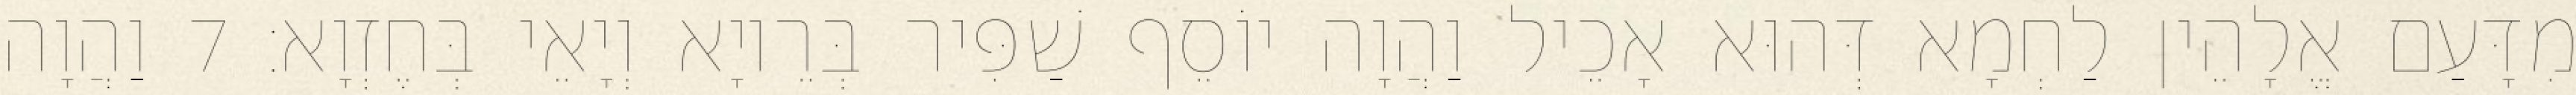
מִדָּעַם אֱלָהֵין לַחְמָא דְּהוּא אָכֵיל וַהֲוָה יוֹסֵף שַׁפִּיר בְּרֵיוָא וְיָאֵי בְּחֶזְוָא׃ 7 וַהֲוָה